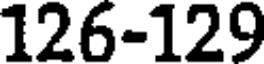
126-129